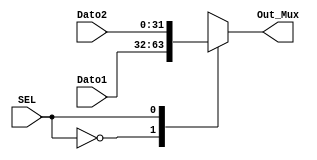
`timescale 1ns / 1ps
//////////////////////////////////////////////////////////////////////////////////
// Company: 
// Engineer: 
// 
// Design Name: 
// Module Name:    Mux2_PcJump 
// Project Name: 
// Target Devices: 
// Tool versions: 
// Description: 
//
// Dependencies: 
//
// Revision: 
// Revision 0.01 - File Created
// Additional Comments: 
//
//////////////////////////////////////////////////////////////////////////////////
module Mux2_PcJump(
	input SEL, 
	input [31:0] Dato1, 
	input [31:0] Dato2, 
	output reg [31:0] Out_Mux
	 );
	 
   always @(SEL, Dato1, Dato2)
      case (SEL)
         1'b0: Out_Mux <= Dato1;
         1'b1: Out_Mux <= Dato2;
      endcase				


endmodule